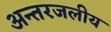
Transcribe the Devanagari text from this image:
अन्‍तरजलीय